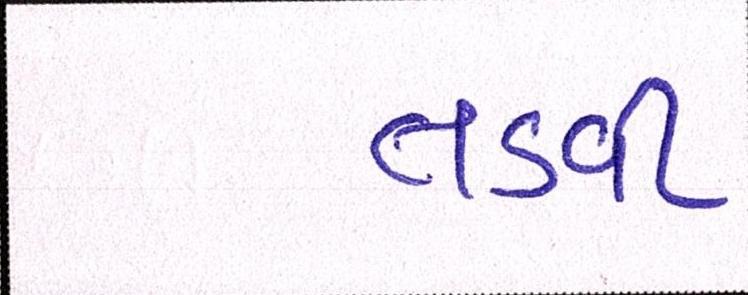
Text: તડવી